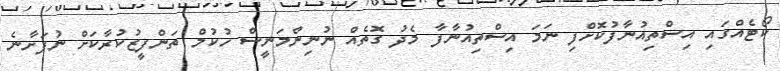
ކޯޓެއްގައި އިސްތިއުނާފުކޮށްފި ނަމަ އިސްތިއުނާފާ މެދު ގޮތެއް ނުނިންމަނީސް ހުކުމް ތަންފީޒުކުރާކަށް ނުފަށާނެ